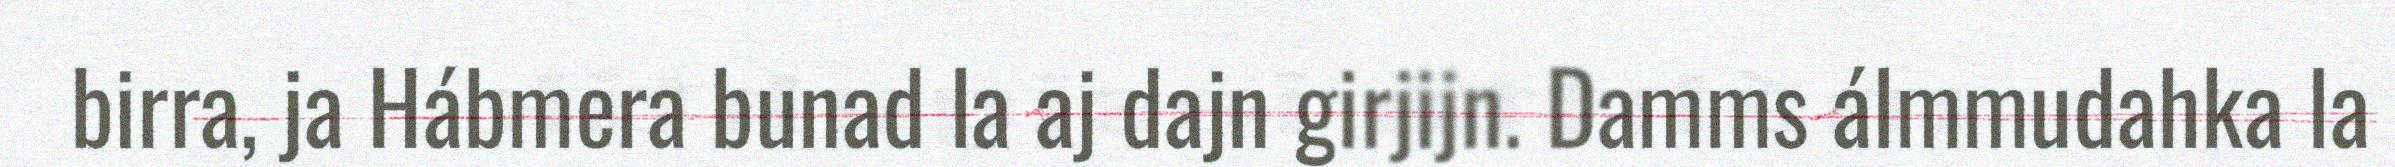
birra, ja Hábmera bunad la aj dajn girjijn. Damms álmmudahka la